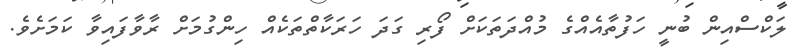
ލަކްސްއިން ބުނީ ހަފުތާއެއްގެ މުއްދަތަކަށް ފޯރި ގަދަ ހަރަކާތްތަކެއް ހިންގުމަށް ރާވާފައިވާ ކަމަށެވެ.